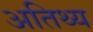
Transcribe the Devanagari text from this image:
अतिथ्य